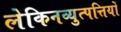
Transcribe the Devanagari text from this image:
लेकिनव्युत्पत्तियों